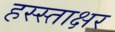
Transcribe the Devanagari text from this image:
हस्स्ताक्षर